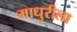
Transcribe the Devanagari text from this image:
माधुरीला